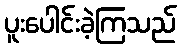
ပူးပေါင်းခဲ့ကြသည်